Scottish Leaving Certificate Examination, 1960
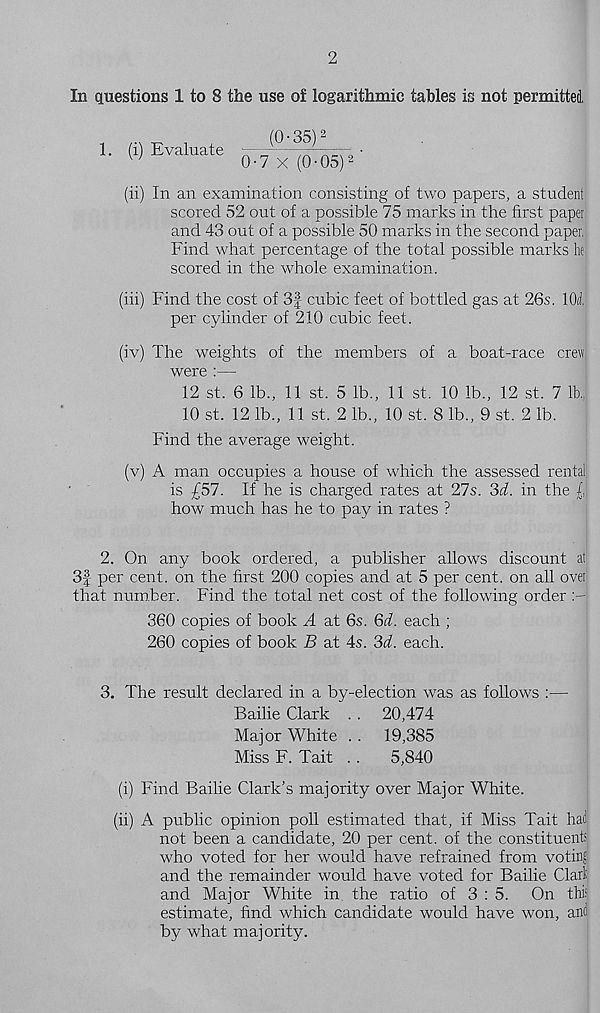
2
In questions 1 to 8 the use of logarithmic tables is not permitted,
1. (i) Evaluate
(0-35) 2
0-7 x (0-05) 2
(ii) In an examination consisting of two papers, a student
scored 52 out of a possible 75 marks in the first papei
and 43 out of a possible 50 marks in the second paper.
Find what percentage of the total possible marks he
scored in the whole examination.
(iii) Find the cost of 3|- cubic feet of bottled gas at 26s. KM.
per cylinder of 210 cubic feet.
(iv) The weights of the members of a boat-race crew
were :—
12 st. 6 lb., 11 st. 5 lb., 11 st. 10 lb., 12 st. 7 lb..
10 st. 12 lb., 11 st. 2 lb., 10 st. 8 lb., 9 st. 2 lb.
Find the average weight.
(v) A man occupies a house of which the assessed rental
is £57. If he is charged rates at 27s. 3d. in the /,
how much has he to pay in rates ?
2. On any book ordered, a publisher allows discount at
3f per cent, on the first 200 copies and at 5 per cent, on all over
that number. Find the total net cost of the following order
360 copies of book A at 6s. 6d. each ;
260 copies of book B at 4s. 3d. each.
3. The result declared in a by-election was as follows :—
Bailie Clark . . 20,474
Major White . . 19,385
Miss F. Tait . .
5,840
(i) Find Bailie Clark’s majority over Major White.
(ii) A public opinion poll estimated that, if Miss Tait had
not been a candidate, 20 per cent, of the constituents
who voted for her would have refrained from voting
and the remainder would have voted for Bailie Claris
and Major White in the ratio of 3:5. On this
estimate, find which candidate would have won, and
by what majority.